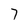
Character: 7